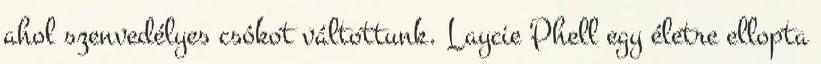
ahol szenvedélyes csókot váltottunk. Laycie Phell egy életre ellopta